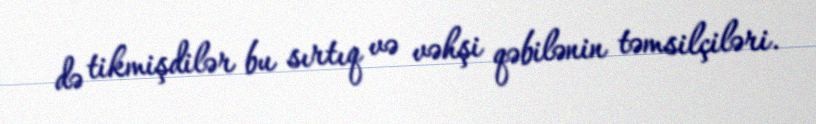
də tikmişdilər bu sırtıq və vəhşi qəbilənin təmsilçiləri.